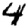
Digit: 4